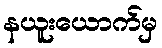
နယူးယောက်မှ